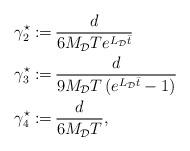
LaTeX: \begin{align*}\begin{aligned}\gamma_2^\star := &\, \dfrac{d}{6 M_\mathcal{D}T e^{L_\mathcal{D}\bar{t}}}\\\gamma_3^\star := &\, \dfrac{d}{9 M_\mathcal{D} T \left(e^{ L_\mathcal{D}\bar{t}} -1\right)}\\\gamma_4^\star := &\,\dfrac{d}{6 M_\mathcal{D} T},\end{aligned}\end{align*}